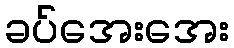
ခပ်အေးအေး